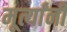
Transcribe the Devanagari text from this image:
मूर्त्यांनी